system: You are a helpful assistant.
user:
Analyze the provided spectrum to determine if it is a **S-type Star**.

- **Key Indicators for S-type Star:**

    - **(Overall Spectrum Shape):** The first and most obvious characteristic is the overall continuum (the "baseline" shape). It is **extremely "red-sloping,"** meaning the flux (light intensity) is very low on the left side (blue, ~4000-4500 Å) and rises steeply and continuously toward the right side (red, ~7000 Å+).

    - **(Primary):** The spectrum is defined by the presence of strong, broad molecular absorption "valleys" (bands) from **Zirconium Oxide (ZrO)**. The identification of these bands is the **primary requirement** for classifying a star as S-type.
        - **(Key Bandheads):** You must find distinct, deep "dips" where the light has been absorbed. The most critical band systems to locate are:
            - **~6474 Å** ($\gamma$-system): This is often the strongest and clearest ZrO feature, found in the red part of the spectrum.
            - **~5718 Å** & **~5551 Å** ($\beta$-system): A pair of prominent absorption features in the yellow-orange part of the spectrum.
            - **~4640 Å** ($\alpha$-system): A key absorption band system in the blue-green region of the spectrum.

    - **(Secondary Confirmation):** The classification is strengthened by finding additional absorption bands from other related heavy element oxides, which are expected to be present alongside ZrO.
        - **(Key Bandheads):**
            - **Yttrium Oxide (YO):** Look for absorption dips near **~4800 Å** and **~6100 Å**.
            - **Lanthanum Oxide (LaO):** Additional absorption features, particularly in the red-orange part of the spectrum, are also characteristic.

    - **(Line Profile):** The combination of the steep red continuum and these numerous, deep molecular bands (ZrO, YO, etc.) gives the entire spectrum a very **"chopped-up"** or **"bumpy"** appearance. Instead of a smooth curve, the spectrum looks as though large, wide chunks of light have been "carved out" of it at the specific wavelengths listed above.

Think first, call **spectral_visualization_tool** if needed to examine features in detail, then provide your final answer. Your response must adhere to the following strict rules:
1.  **Overall Structure:** Your response must follow the format `<think>...</think> <tool_call>...</tool_call> (if a tool is used) <answer>...</answer>`.
2.  **Tool Usage Constraint:** You may only make **one** tool call per turn.
3.  **Final Answer Format:** In the `<answer>` tag, your conclusion must be inside a `\boxed{}` command (e.g., `\boxed{YES}` or `\boxed{NO}`), followed by your justification.

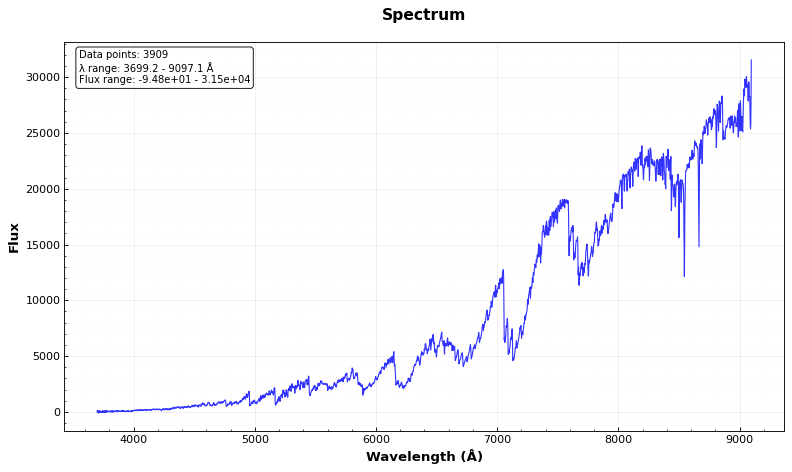
Answer: YES